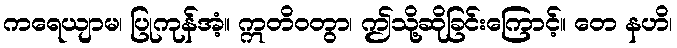
ကရေယျာမ၊ ပြုကုန်အံ့။ ဣတိဝတွာ၊ ဤသို့ဆိုခြင်းကြောင့်။ တေ နဟိ၊